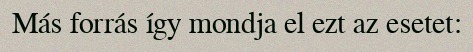
Más forrás így mondja el ezt az esetet: